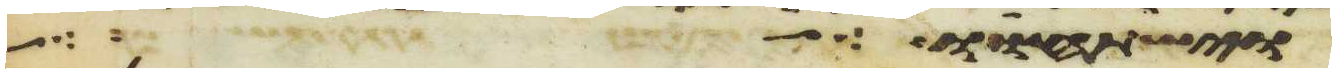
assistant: וישתחוו לך